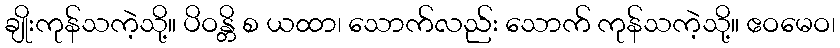
ချိုးကုန်သကဲ့သို့။ ပိဝန္တိ စ ယထာ၊ သောက်လည်း သောက် ကုန်သကဲ့သို့။ ဧဝမေဝ၊